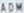
ADOM